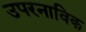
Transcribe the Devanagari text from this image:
उपरनाविक